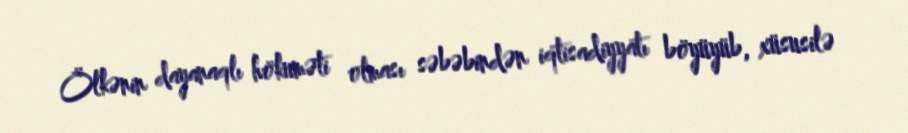
Ölkənin dayanaqlı hökuməti olması səbəbindən iqtisadiyyatı böyüyüb, xüsusilə